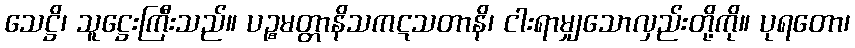
သေဋ္ဌိ၊ သူဋ္ဌေးကြီးသည်။ ပဉ္စမတ္တာနိသကဋသတာနိ၊ ငါးရာမျှသောလှည်းတို့ကို။ ပုရတော၊